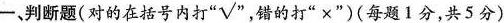
一，判断题(对的在括号内打 “☑“ ，错的打”×”)(每题1分，共5分)